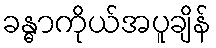
ခန္ဓာကိုယ်အပူချိန်